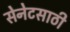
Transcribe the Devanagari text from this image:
सेनेटसाठी